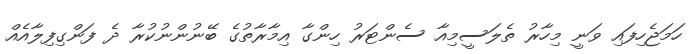
ހަމަޖެހިފައި ވަނީ މިހާރު ތެލަސީމިއާ ސެންޓަރު ހިންގާ އިމާރާތުގެ ބޭނުންނުކުރާ ދެ ފަންގިފިލާއެއް